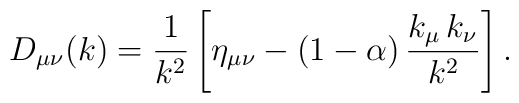
D_{\mu\nu}(k)={\frac{1}{k^2}}\left[\eta_{\mu\nu}-\left(1-\alpha\right){\frac{k_\mu\,k_\nu}{k^2}}\right].